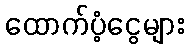
ထောက်ပံ့ငွေများ